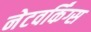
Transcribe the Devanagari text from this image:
नेटवर्किंग्स